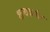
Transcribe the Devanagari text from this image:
शल्यकर्मात